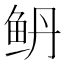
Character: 鿕